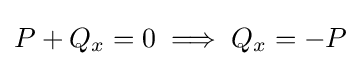
P+Q_{x}=0\implies Q_{x}=-P